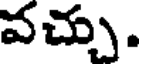
వచ్చు.